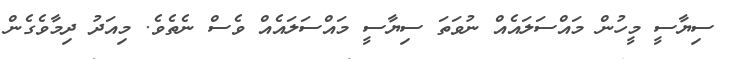
ސިޔާސީ މީހުން މައްސަލައެއް ނުވަތަ ސިޔާސީ މައްސަލައެއް ވެސް ނެތެވެ. މިއަދު ދިމާވެގެން